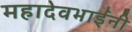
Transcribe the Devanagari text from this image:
महादेवभाईंनी